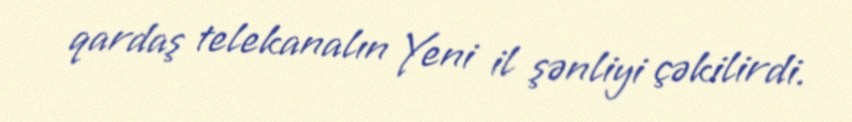
qardaş telekanalın Yeni il şənliyi çəkilirdi.